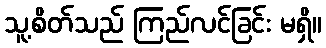
သူ့စိတ်သည် ကြည်လင်ခြင်း မရှိ။